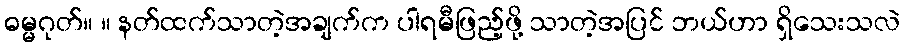
ဓမ္မဂုတ်။ ။ နတ်ထက်သာတဲ့အချက်က ပါရမီဖြည့်ဖို့ သာတဲ့အပြင် ဘယ်ဟာ ရှိသေးသလဲ